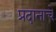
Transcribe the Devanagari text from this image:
प्रदानाचे